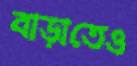
বাড়াতেও